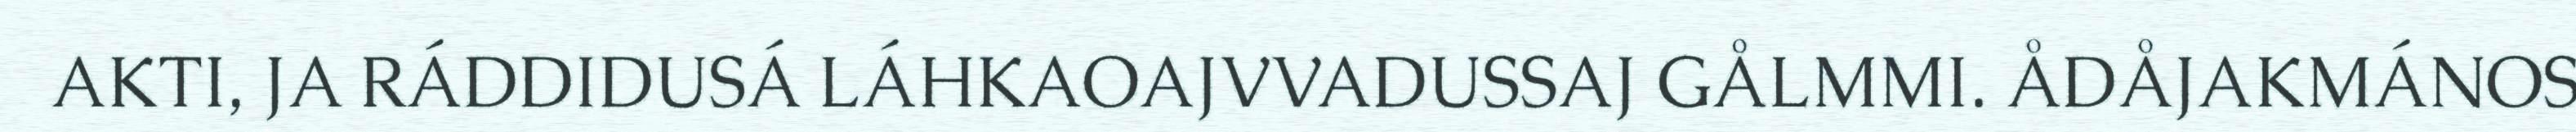
AKTI, JA RÁDDIDUSÁ LÁHKAOAJVVADUSSAJ GÅLMMI. ÅDÅJAKMÁNOS